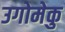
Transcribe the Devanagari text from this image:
उगोमेकु